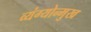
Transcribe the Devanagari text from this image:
व्यंग्योन्मुख